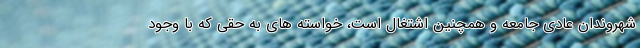
شهروندان عادی جامعه و همچنین اشتغال است، خواسته های به حقی که با وجود